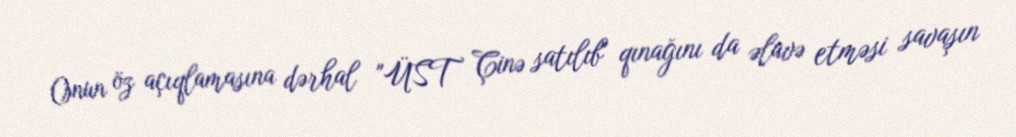
Onun öz açıqlamasına dərhal "ÜST Çinə satılıb" qınağını da əlavə etməsi savaşın